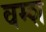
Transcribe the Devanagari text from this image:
वम्श